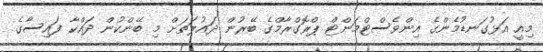
މިއީ އަޅުގަނޑުމެންގެ އިންވެސްޓްމަންޓް ޕްރޮގްރާމްގެ ބޭރުން ދައުލަތަށް މި ބޭންކުން ދައްކާ ފައިސާގެ